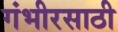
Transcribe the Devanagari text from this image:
गंभीरसाठी